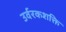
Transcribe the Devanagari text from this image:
उर्वरकशक्ति